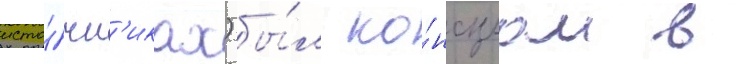
исто́чн'иках) бы́л ко́нсулом в